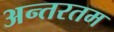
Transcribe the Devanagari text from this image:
अन्तरतम